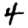
Digit: 4